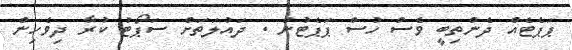
ޕަޕެޓެއް ދެންތިބީ ވެސް ހުސް ޕަޕެޓުން . ދައުލަތަށް ސަޕޯޓު ކުރާ ދިވެހިން